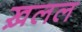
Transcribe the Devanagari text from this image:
ख़लल